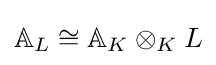
\mathbb {A} _{L}\cong \mathbb {A} _{K}\otimes _{K}L